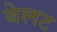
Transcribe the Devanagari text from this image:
बेलट